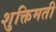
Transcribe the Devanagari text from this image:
शुक्तिमती